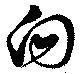
向